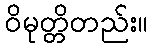
ဝိမုတ္တိတည်း။